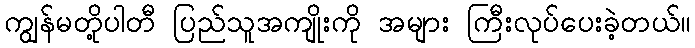
ကျွန်မတို့ပါတီ ပြည်သူအကျိုးကို အများ ကြီးလုပ်ပေးခဲ့တယ်။